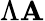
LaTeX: \Lambda\mathbf{A}